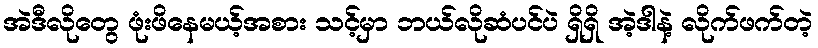
အဲဒီလိုတွေ ဖုံးဖိနေမယ့်အစား သင့်မှာ ဘယ်လိုဆံပင်ပဲ ရှိရှိ အဲ့ဒါနဲ့ လိုက်ဖက်တဲ့